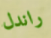
راندل